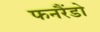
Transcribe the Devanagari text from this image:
फनरैंडो